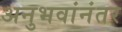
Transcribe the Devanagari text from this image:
अनुभवांनंतर